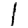
Digit: 1